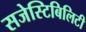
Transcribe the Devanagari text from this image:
सजेस्टिबिलिटी